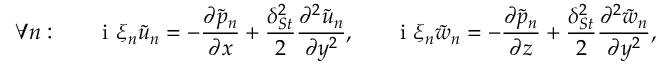
\forall n : \ \ \ \ \ \mathrm { ~ i ~ } \xi _ { n } \tilde { u } _ { n } = - \frac { \partial \tilde { p } _ { n } } { \partial x } + \frac { \delta _ { S t } ^ { 2 } } { 2 } \frac { \partial ^ { 2 } \tilde { u } _ { n } } { \partial y ^ { 2 } } , \ \ \ \ \ \mathrm { ~ i ~ } \xi _ { n } \tilde { w } _ { n } = - \frac { \partial \tilde { p } _ { n } } { \partial z } + \frac { \delta _ { S t } ^ { 2 } } { 2 } \frac { \partial ^ { 2 } \tilde { w } _ { n } } { \partial y ^ { 2 } } ,